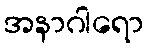
အနာဂါရော